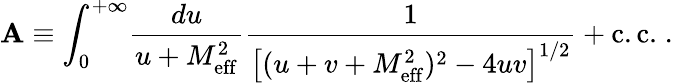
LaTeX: \mathbf{A}\equiv\int_{0}^{+\infty}\! {\frac{{du}}{{u+M_{\mathrm{{eff}}}^{2}}}}{\frac{{1}}{{\left[(u+v+M_{\mathrm{{eff}}}^{2})^{2}-4uv\right]^{1/2}}}}+\mathrm{{c.c.}}\; .